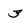
Character: 3